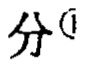
分\(^{\textcircled{1}}\)